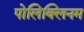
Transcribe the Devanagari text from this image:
पोलिक्लिनम